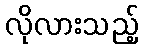
လိုလားသည့်